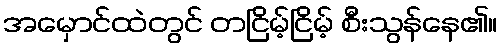
အမှောင်ထဲတွင် တငြိမ့်ငြိမ့် စီးသွန်နေ၏။